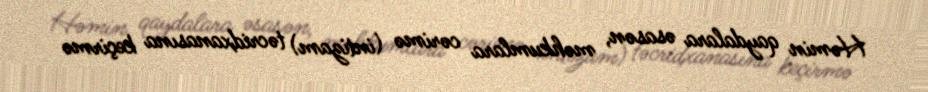
Həmin qaydalara əsasən, məhkumlara cərimə (intizam) təcridxanasına keçirmə